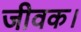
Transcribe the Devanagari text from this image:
जीवक।